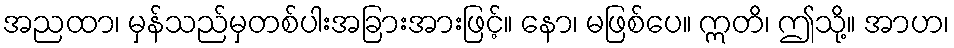
အညထာ၊ မှန်သည်မှတစ်ပါးအခြားအားဖြင့်။ နော၊ မဖြစ်ပေ။ ဣတိ၊ ဤသို့။ အာဟ၊